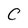
Character: C